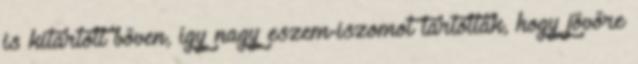
is kitartott bőven, így nagy eszem-iszomot tartottak, hogy jövőre